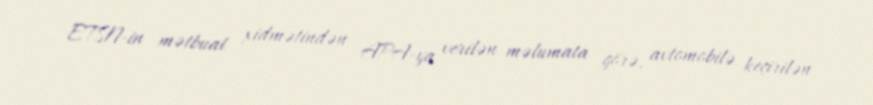
ETSN-in mətbuat xidmətindən APA-ya verilən məlumata görə, avtomobilə keçirilən